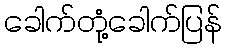
ခေါက်တုံ့ခေါက်ပြန်